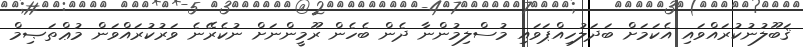
ޤަބޫލުނުކުރައްވައި އެކަމަށް ބަދަލުހިއްޕަވައި މުސްލިމުންނާ ދެން ބެހެން ރޫމީންނަށް ނުކެރޭނެ ވަރުކުރައްވަން މުޢްތަޞިމް